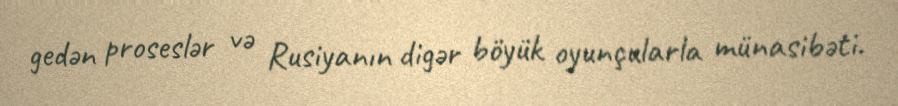
gedən proseslər və Rusiyanın digər böyük oyunçularla münasibəti.